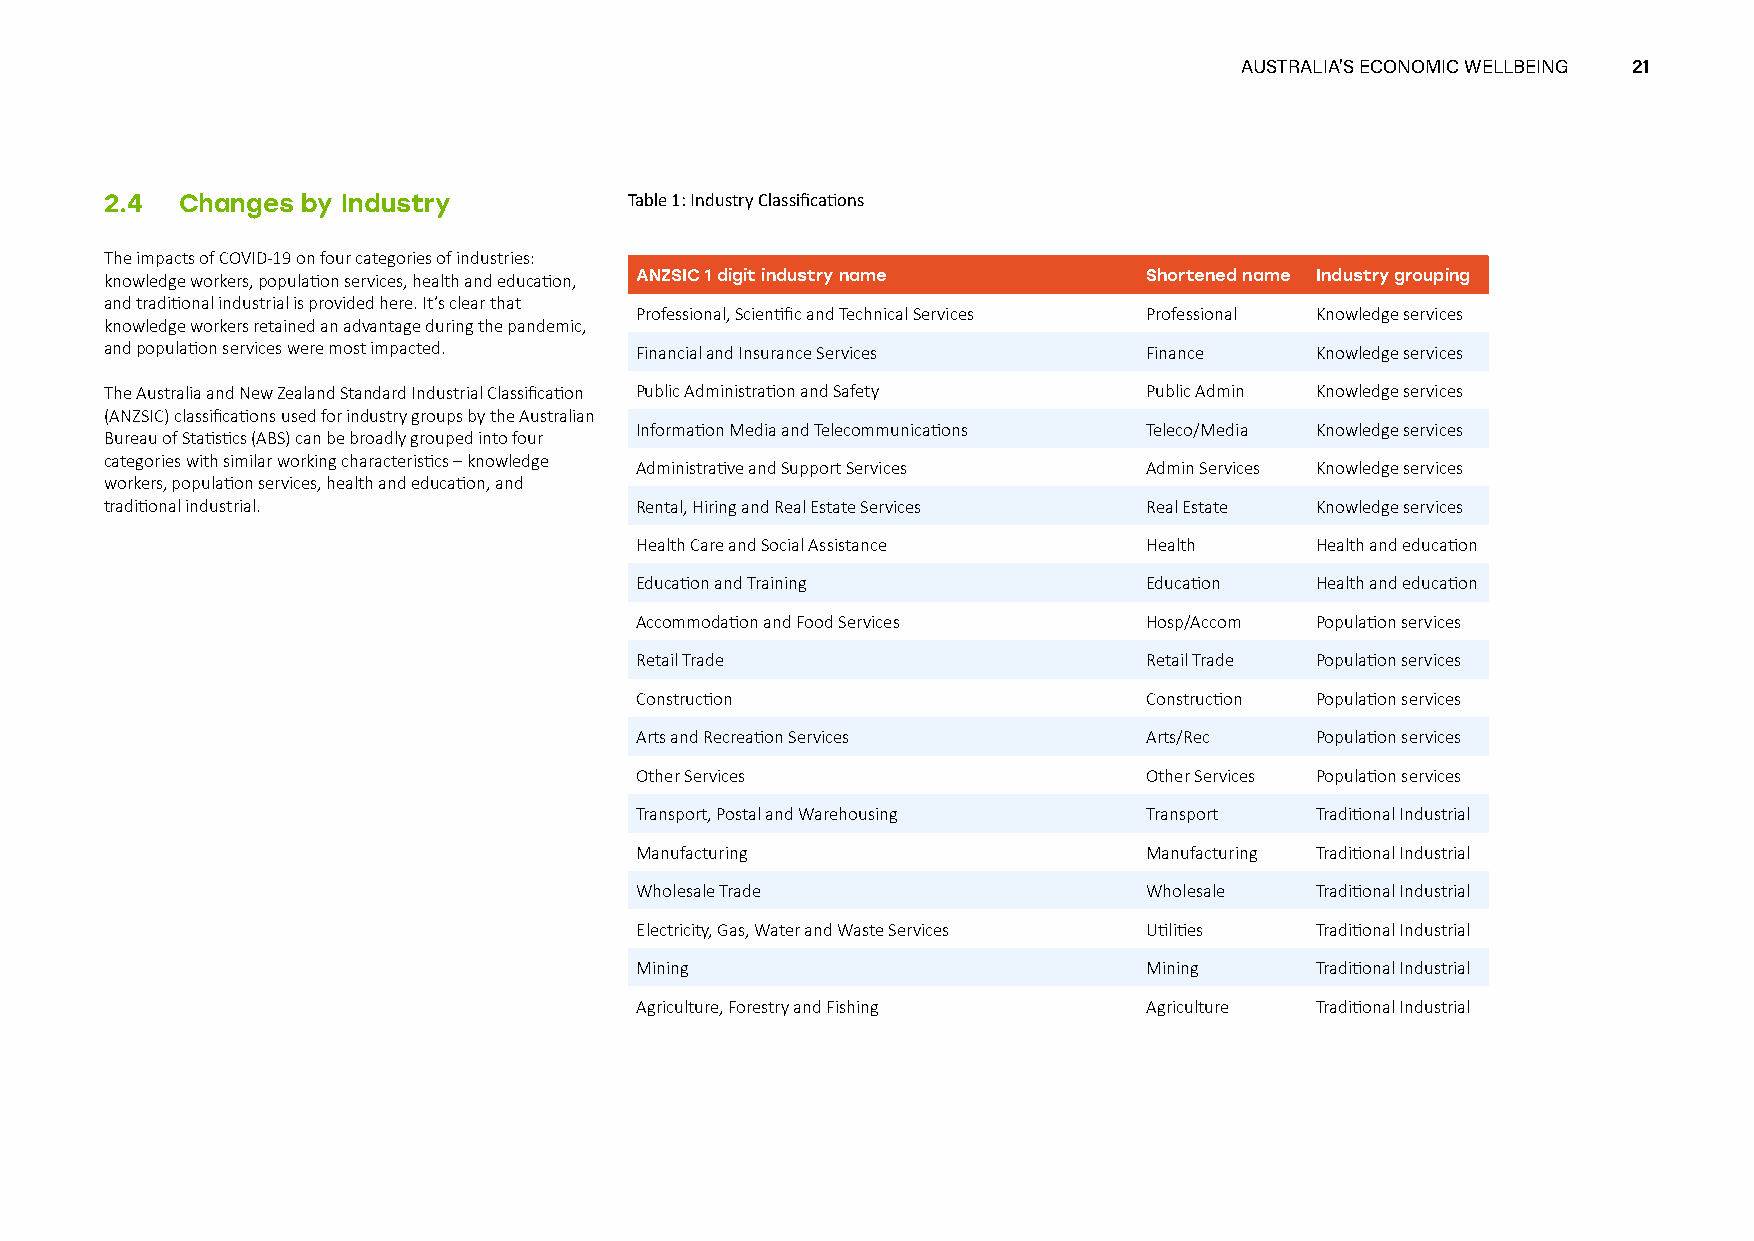
AUSTRALIA’S ECONOMIC WELLBEING 21
 2.4  Changes by Industry           Table 1: Industry Classifications
 The impacts of COVID-19 on four categories of industries:
 knowledge workers, population services, health and education, ANZSIC 1 digit industry name Shortened name Industry grouping
 and traditional industrial is provided here. It’s clear that
 Professional, Scientific and Technical Services Professional Knowledge services
 knowledge workers retained an advantage during the pandemic,
 and population services were most impacted. Financial and Insurance Services Finance Knowledge services
 The Australia and New Zealand Standard Industrial Classification Public Administration and Safety Public Admin Knowledge services
 (ANZSIC) classifications used for industry groups by the Australian
 Information Media and Telecommunications Teleco/Media Knowledge services
 Bureau of Statistics (ABS) can be broadly grouped into four
 categories with similar working characteristics – knowledge
 Administrative and Support Services Admin Services Knowledge services
 workers, population services, health and education, and
 traditional industrial.            Rental, Hiring and Real Estate Services Real Estate Knowledge services
 Health Care and Social Assistance Health     Health and education
 Education and Training            Education  Health and education
 Accommodation and Food Services   Hosp/Accom Population services
 Retail Trade                      Retail Trade Population services
 Construction                      Construction Population services
 Arts and Recreation Services      Arts/Rec   Population services
 Other Services                    Other Services Population services
 Transport, Postal and Warehousing Transport  Traditional Industrial
 Manufacturing                     Manufacturing Traditional Industrial
 Wholesale Trade                   Wholesale  Traditional Industrial
 Electricity, Gas, Water and Waste Services Utilities Traditional Industrial
 Mining                            Mining     Traditional Industrial
 Agriculture, Forestry and Fishing Agriculture Traditional Industrial